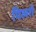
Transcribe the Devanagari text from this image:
पिलरों